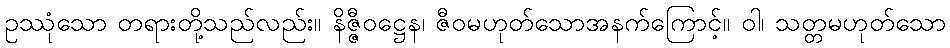
ဥဿုံသော တရားတို့သည်လည်း။ နိဇ္ဇီဝဋ္ဌေန၊ ဇီဝမဟုတ်သောအနက်ကြောင့်။ ဝါ၊ သတ္တမဟုတ်သော